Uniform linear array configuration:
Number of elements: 64
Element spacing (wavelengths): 0.25
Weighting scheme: binomial
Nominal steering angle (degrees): -15
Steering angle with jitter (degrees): -14.285
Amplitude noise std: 0.05
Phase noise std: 0.05

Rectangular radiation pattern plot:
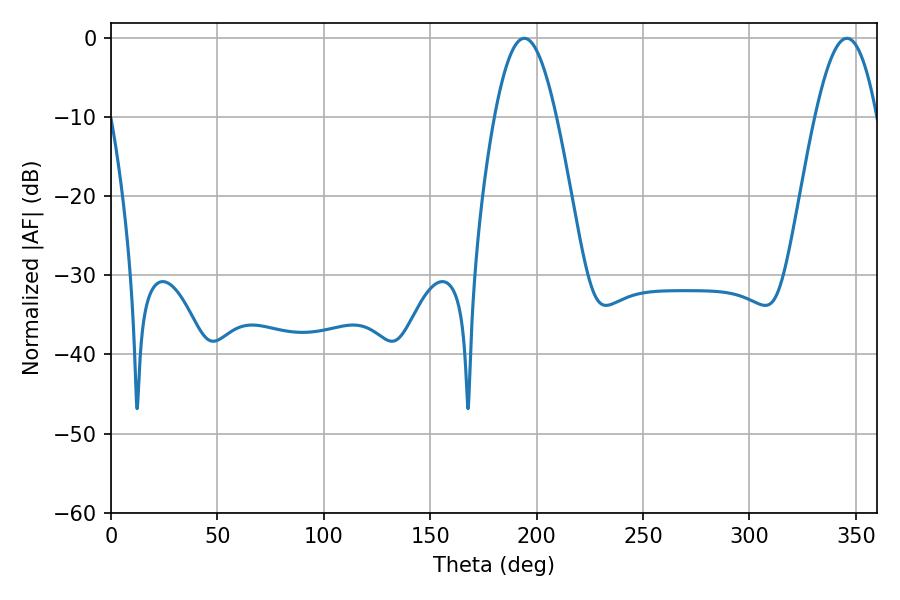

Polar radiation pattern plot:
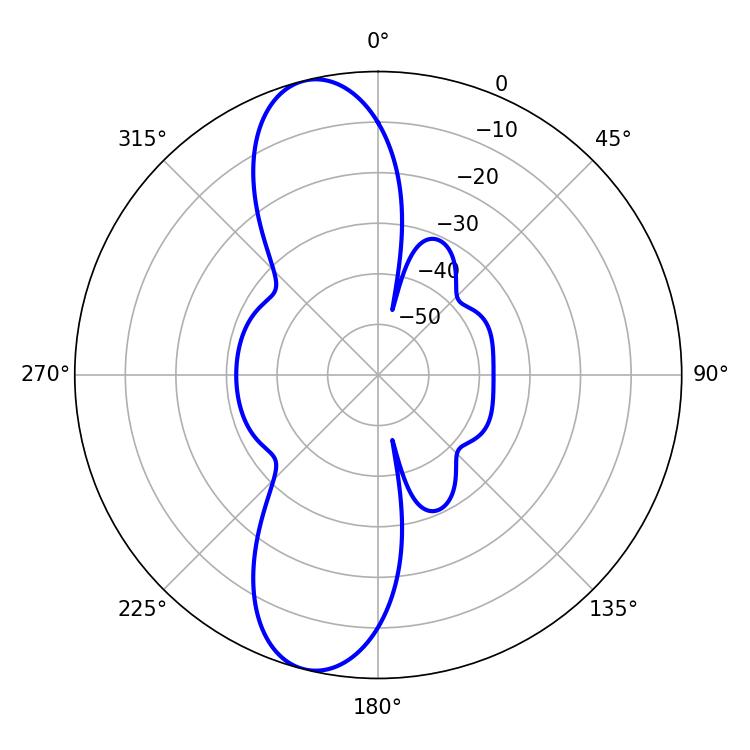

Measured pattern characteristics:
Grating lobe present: FALSE
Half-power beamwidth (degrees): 15.66
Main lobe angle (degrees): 194.22